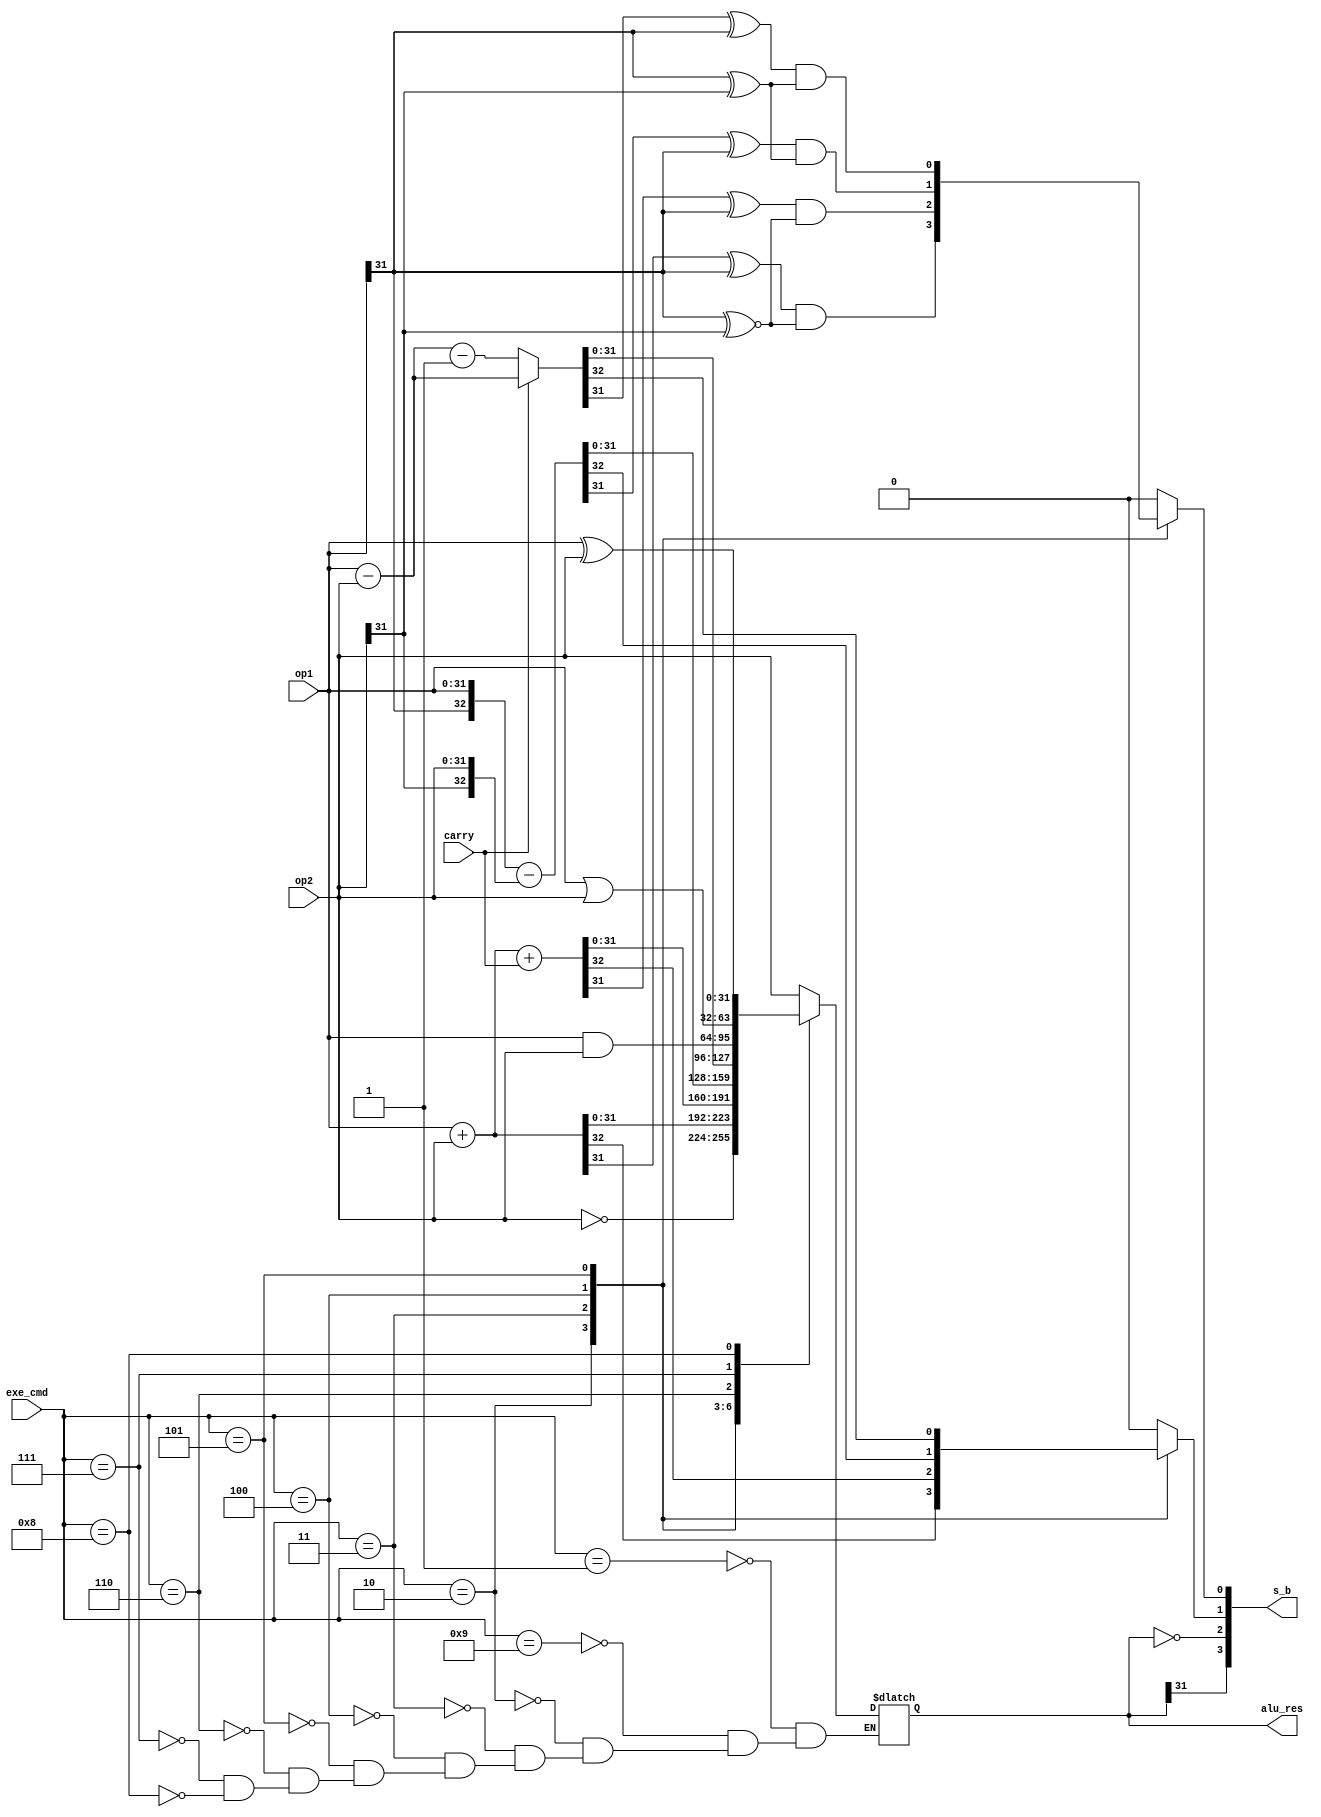
module ALU(op1, op2, carry, exe_cmd, alu_res, s_b);

  input carry;
  input [31 : 0] op1, op2;
  input [3 : 0] exe_cmd;
  output [31 : 0] alu_res;
  output [3 : 0] s_b;

  reg v_, c_;
  wire n_, z_;
  reg [32 : 0] temp;

  always@(*)begin
    {v_, c_} = 2'b00;
    case(exe_cmd)
      4'b0001: begin //mov
        temp = op2;
      end
      4'b1001: begin //mvn
        temp = ~op2;
      end
      4'b0010: begin //add & ldr & str
        temp = op1 + op2;
        c_ = temp[32];
        v_ = (temp[31] ^ op1[31]) & (op1[31] ~^ op2[31]);
      end
      4'b0011: begin //adc
        temp = op1 + op2 + carry;
        c_ = temp[32];
        v_ = (temp[31] ^ op1[31]) & (op1[31] ~^ op2[31]);
      end
      4'b0100: begin //sub & cmp
        temp = {op1[31],op1} - {op2[31],op2};
        c_ = temp[32];
        v_ = (temp[31] ^ op1[31]) & (op1[31] ^ op2[31]);
      end
      4'b0101: begin //sbc
        if(carry) temp = op1 - op2;
        else temp = op1 - op2 - 1'b1;
       
        c_ = temp[32];
        v_ = (temp[31] ^ op1[31]) & (op1[31] ^ op2[31]);
      end
      4'b0110: begin //and & tst
        temp = op1 & op2;
      end
      4'b0111: begin //orr
        temp = op1 | op2;
      end
      4'b1000: begin //eor
        temp = op1 ^ op2;
      end
    endcase
  end

  assign n_ = alu_res[31];
  assign z_ = alu_res == 32'b0;
  assign alu_res = temp[31:0];
  assign s_b = {n_, z_, c_, v_};

endmodule